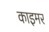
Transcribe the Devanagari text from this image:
काइमर